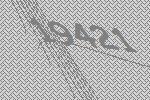
19421